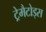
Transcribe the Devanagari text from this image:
ट्रेमैटोड्स